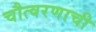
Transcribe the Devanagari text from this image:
चौत्वरणाची